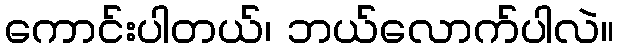
ကောင်းပါတယ်၊ ဘယ်လောက်ပါလဲ။